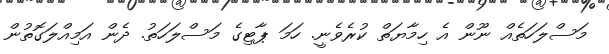
މަސްލަހަތެއް ނޫން އެ ހިމާޔަތް ކުރެވެނީ. ހަމަ ޕާޓިގެ މަސްލަހަތު. ދެން އަމިއްލަގޮތުން